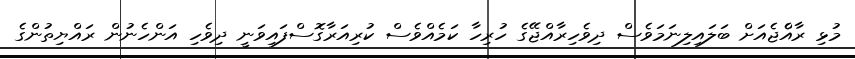
މުޅި ރާއްެޖެއަށް ބަލައިލިނަމަވެސް ދިވެހިރާއްޖޭގެ ހުރިހާ ކަމެއްވެސް ކުރިއަރާގޮސްފައިވަނީ ދިވެހި އަންހެނުން ރައްޔިތުންގެ